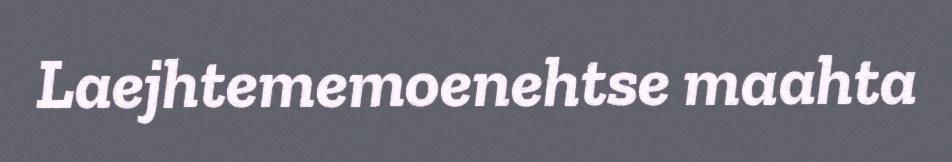
Laejhtememoenehtse maahta